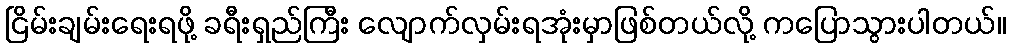
ငြိမ်းချမ်းရေးရဖို့ ခရီးရှည်ကြီး လျောက်လှမ်းရအုံးမှာဖြစ်တယ်လို့ ကပြောသွားပါတယ်။